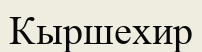
Кыршехир